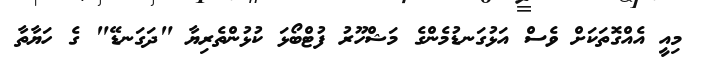
މިއީ އެއްގޮތަކަށް ވެސް އަޅުގަނޑުމެންގެ މަޝްހޫރު ފުޓްބޯޅަ ކުޅުންތެރިޔާ "ދަގަނޑޭ" ގެ ހަޔާތާ